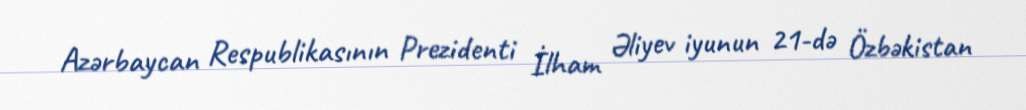
Azərbaycan Respublikasının Prezidenti İlham Əliyev iyunun 21-də Özbəkistan